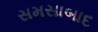
સમસાબાદ